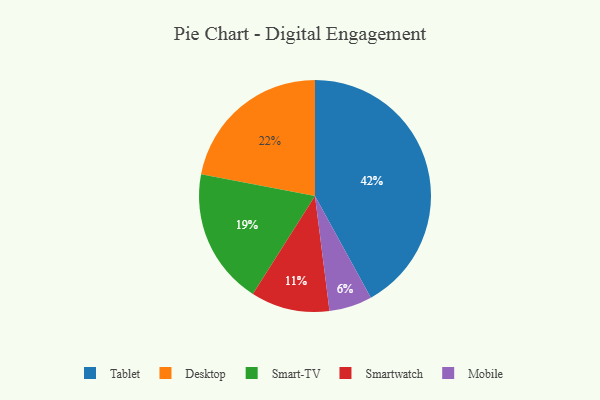
{"axis": {"x": "Category", "y": "Percentage"}, "legend": ["Desktop", "Mobile", "Smart-TV", "Smartwatch", "Tablet"], "data": [{"x": "Tablet", "y": 42, "type": "Tablet"}, {"x": "Smart-TV", "y": 19, "type": "Smart-TV"}, {"x": "Desktop", "y": 22, "type": "Desktop"}, {"x": "Smartwatch", "y": 11, "type": "Smartwatch"}, {"x": "Mobile", "y": 6, "type": "Mobile"}]}